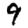
Digit: 9